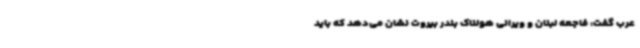
عرب گفت: فاجعه لبنان و ویرانی هولناک بندر بیروت نشان می‌دهد که باید